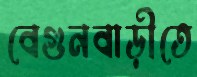
বেগুনবাড়ীতে